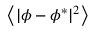
\left\langle \vert \phi - \phi ^ { * } \vert ^ { 2 } \right\rangle